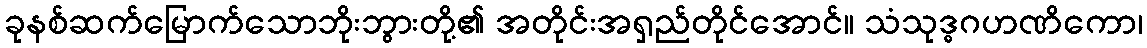
ခုနစ်ဆက်မြောက်သောဘိုးဘွားတို့၏ အတိုင်းအရှည်တိုင်အောင်။ သံသုဒ္ဓဂဟဏိကော၊